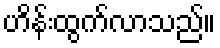
ဟိန်းထွက်လာသည်။